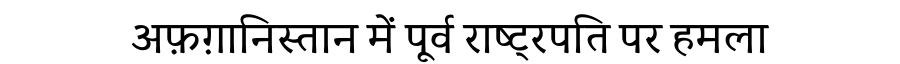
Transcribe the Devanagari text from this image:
अफ़ग़ानिस्तान में पूर्व राष्ट्रपति पर हमला